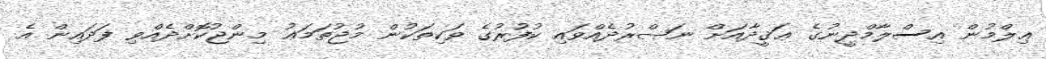
ޢިލްމުން އިސްލާމްދީނުގެ ޢަޤީދާއަށް ނަޞްރުދެއްވައި ކުފުރުގެ ވަކިތަކުން މުޖުތަމަޢު މިންޖުކޮށްދެއްވި ފަދައިން އެ